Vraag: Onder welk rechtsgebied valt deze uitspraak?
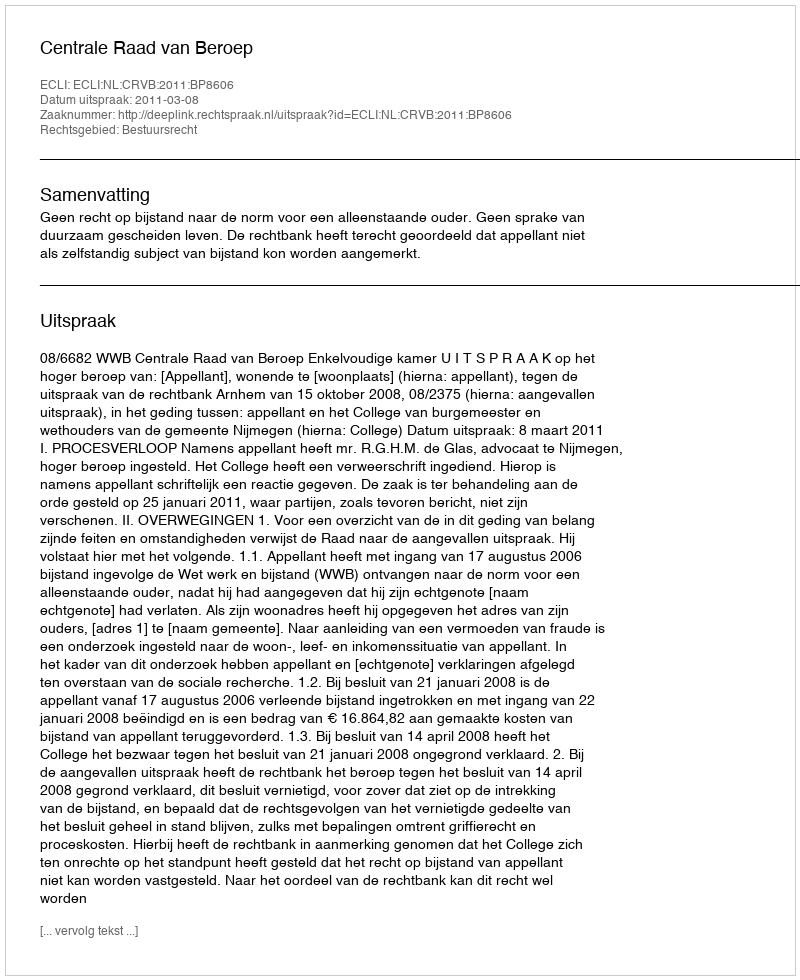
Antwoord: Bestuursrecht